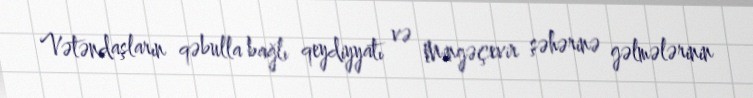
Vətəndaşların qəbulla bağlı qeydiyyatı və Mingəçevir şəhərinə gəlmələrinin